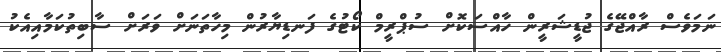
ނަމަވެސް ރާއްޖޭގެ ޖުޑީޝަރީން ހާއްސަކޮށް ސުޕްރީމް ކޯޓުގެ ފަނޑިޔާރުން މިހާތަނަށް ވަރަށް ސާބިތުކަމާއިއެކު